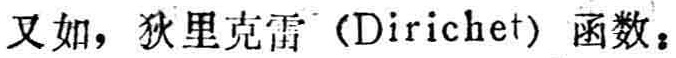
又如，狄里克雷（Dirichlet）函数：